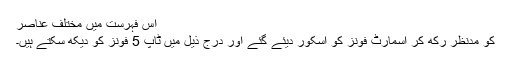
اس فہرست میں مختلف عناصر
کو مدنظر رکھ کر اسمارٹ فونز کو اسکور دیئے گئے اور درج ذیل میں ٹاپ 5 فونز کو دیکھ سکتے ہیں۔